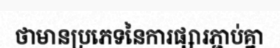
ថាមានប្រភេទនៃការផ្សារភ្ជាប់គ្នា